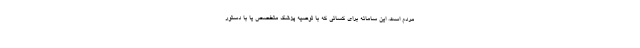
مردم است. این سامانه برای کسانی که با توصیه پزشک متخصص یا با دستور